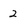
Character: 2